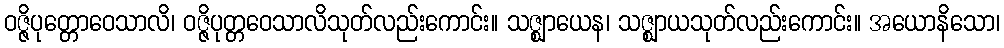
ဝဇ္ဇိပုတ္တောဝေသာလိ၊ ဝဇ္ဇိပုတ္တဝေသာလိသုတ်လည်းကောင်း။ သဇ္ဈာယေန၊ သဇ္ဈာယသုတ်လည်းကောင်း။ အယောနိသော၊